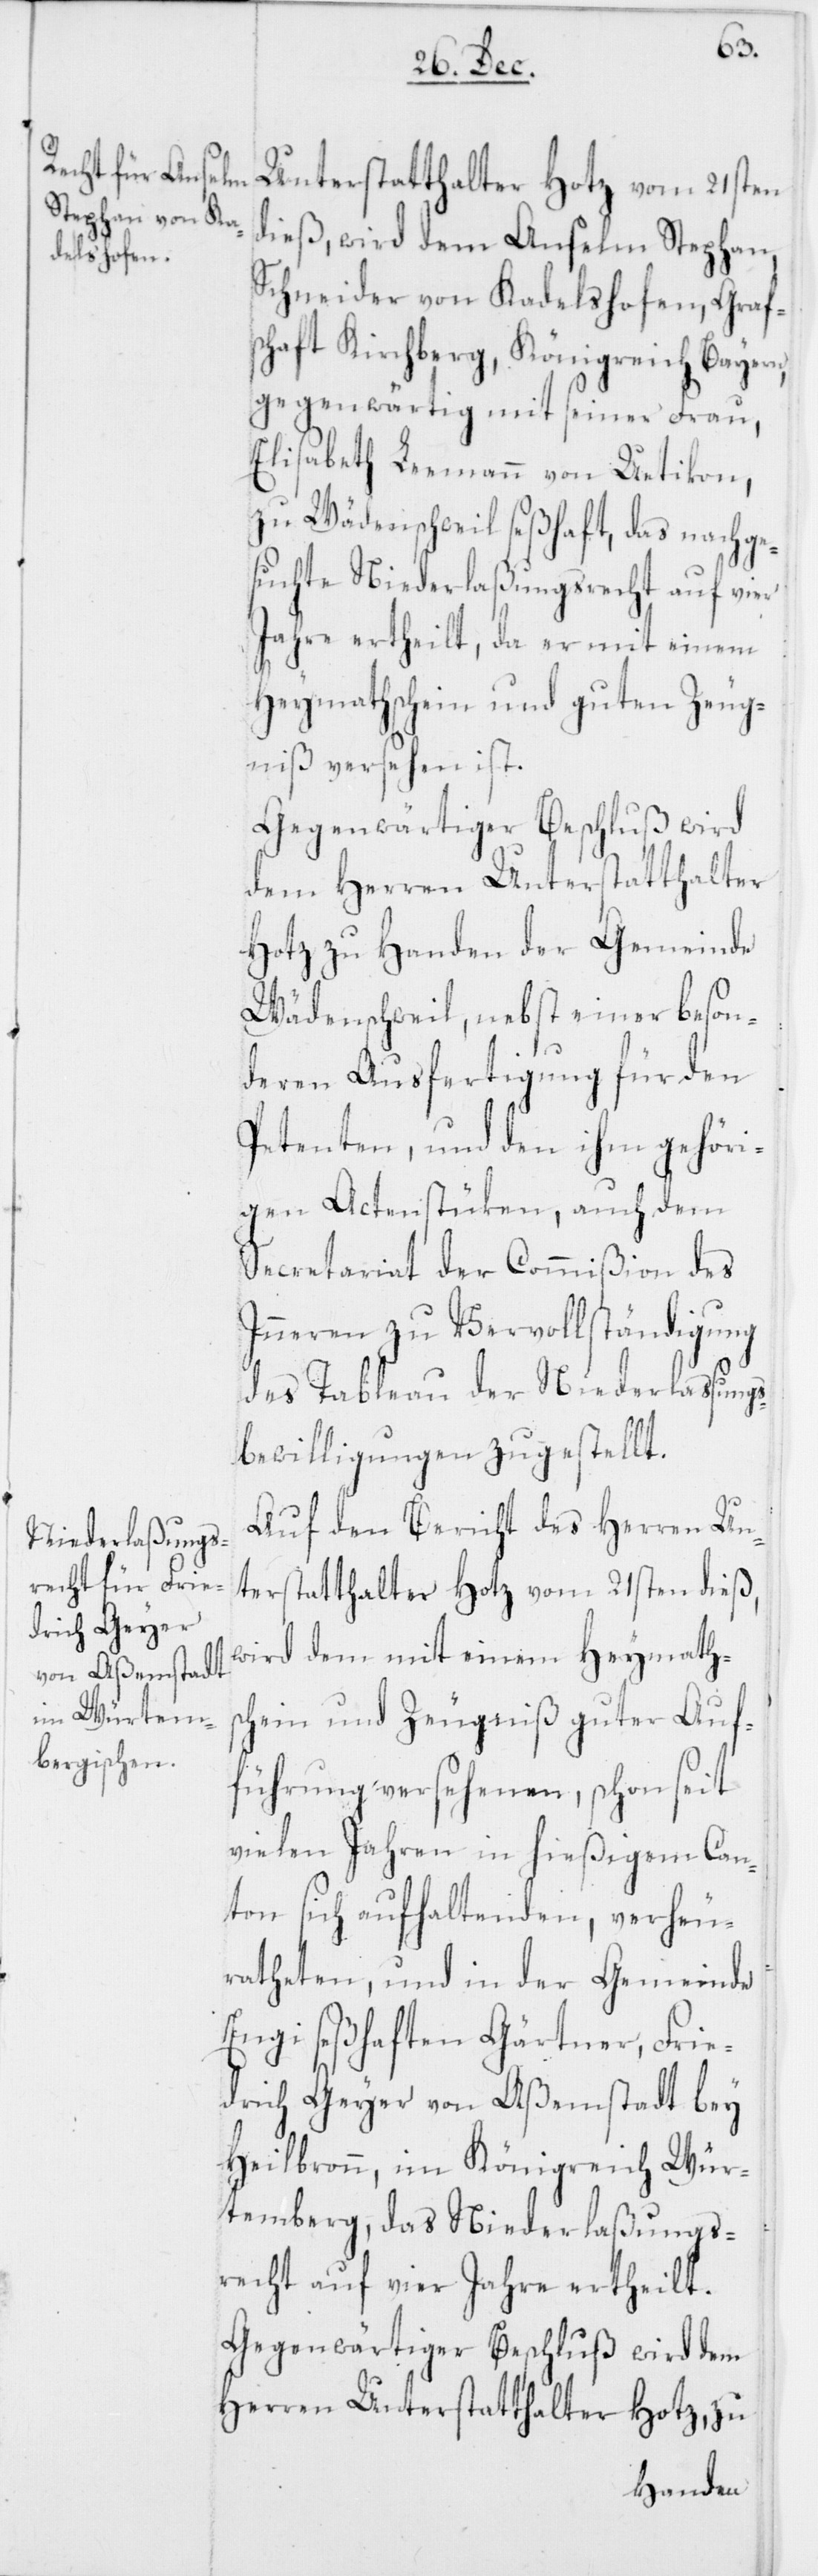
Unterstatthalter Hotz vom 21sten
dieß, wird dem Anselm Stephan,
Schneider von Kadelshofen, Graf¬
schaft Kirchberg, Königreich Bayern,
gegenwärtig mit seiner Frau,
Elisabetha Leemann von Uetikon,
zu Wädenschweil seßhaft, das nachge¬
suchte Niederlaßungsrecht auf vier
Jahre ertheilt, da er mit einem
Heymathschein und guten Zeug¬
niß versehen ist.
Gegenwärtiger Beschluß wird
dem Herren Unterstatthalter
Hotz zu Handen der Gemeinde
Wädenschweil, nebst einer beson¬
deren Ausfertigung für den
Petenten, und den ihm gehöri¬
gen Actenstüken, auch dem
Secretariat der Commißion des
Inneren zu Vervollständigung
des Tableau der Niederlassungs¬
bewilligungen zugestellt.
Auf den Bericht des Herren Un¬
terstatthalter Hotz vom 21sten dieß,
wird dem mit einem Heymaths¬
chein und Zeugniß guter Auf¬
führung versehenen, schon seit
vielen Jahren in hießigem Can¬
ton sich aufhaltenden, verheu¬
ratheten, und in der Gemeinde
Engi seßhaften Gärtner, Frie¬
drich Geyer von Aßemstadt bey
Heilbronn, im Königreich Wür¬
temberg, das Niederlaßungs¬
recht auf vier Jahre ertheilt.
Gegenwärtiger Beschluß wird dem
Herren Unterstatthalter Hotz, zu